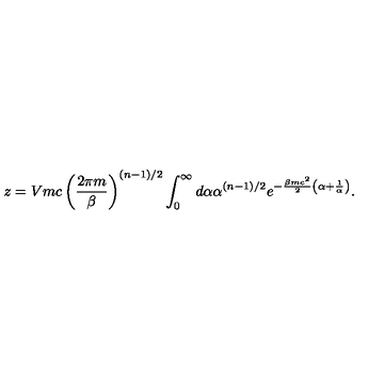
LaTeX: z = V m c \left( \frac { 2 \pi m } { \beta } \right) ^ { ( n - 1 ) / 2 } \int _ { 0 } ^ { \infty } d \alpha \alpha ^ { ( n - 1 ) / 2 } e ^ { - \frac { \beta m c ^ { 2 } } { 2 } \left( \alpha + \frac { 1 } { \alpha } \right) } .